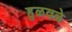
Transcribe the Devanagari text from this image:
हुळवळे